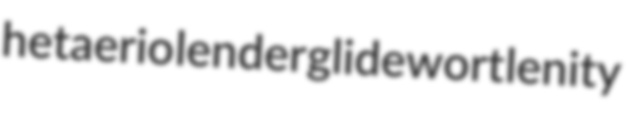
hetaerio lender glidewort lenity